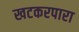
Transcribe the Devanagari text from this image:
खटकरपारा